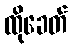
ထိုခေတ်